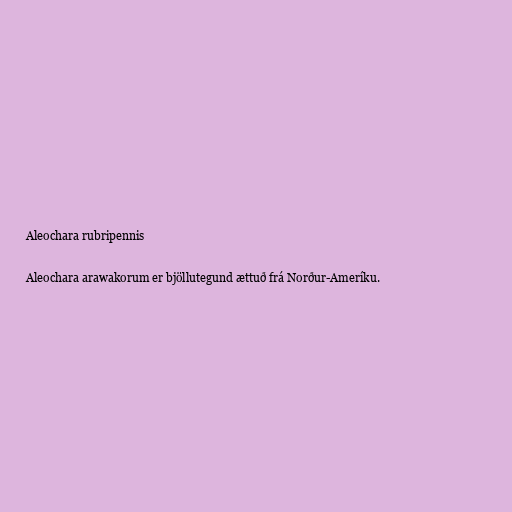
Aleochara rubripennis

Aleochara arawakorum er bjöllutegund ættuð frá Norður-Ameríku.